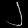
Digit: ၂